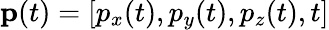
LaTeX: \mathbf{p}(t)=\left[p_{x}(t),p_{y}(t),p_{z}(t),t\right]